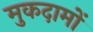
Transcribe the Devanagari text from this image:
मुकदामों